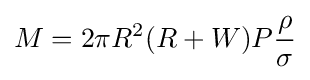
M=2\pi R^{2}(R+W)P{\rho  \over \sigma }